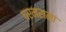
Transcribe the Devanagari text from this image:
चरमराना